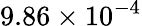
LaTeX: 9.86\times 10^{-4}